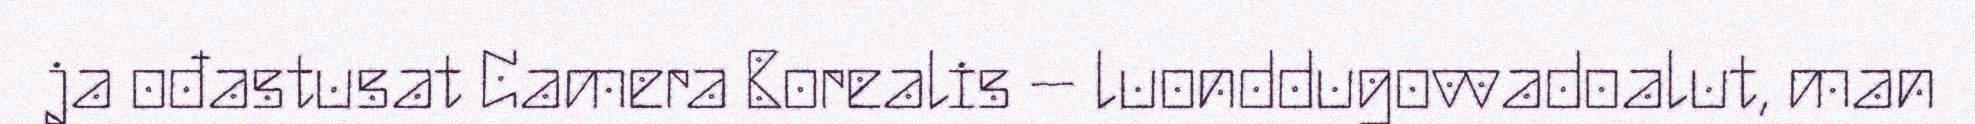
ja ođastusat Camera Borealis – luonddugovvadoalut, man